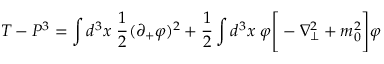
T - P ^ { 3 } = \int d ^ { 3 } x \; { \frac { 1 } { 2 } } ( \partial _ { + } \varphi ) ^ { 2 } + { \frac { 1 } { 2 } } \int d ^ { 3 } x \; \varphi \Bigg [ - \nabla _ { \perp } ^ { 2 } + m _ { 0 } ^ { 2 } \Bigg ] \varphi